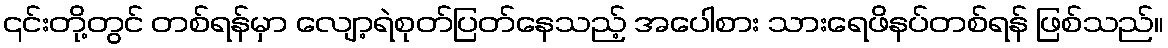
၎င်းတို့တွင် တစ်ရန်မှာ လျော့ရဲစုတ်ပြတ်နေသည့် အပေါစား သားရေဖိနပ်တစ်ရန် ဖြစ်သည်။